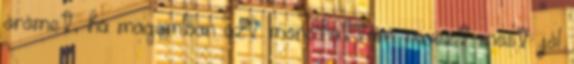
örömet, ha magamban azt mondhattam: na ezt most jól